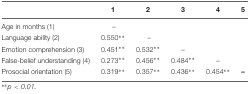
<table><thead><tr><td></td><td><b>1</b></td><td><b>2</b></td><td><b>3</b></td><td><b>4</b></td><td><b>5</b></td></tr></thead><tbody><tr><td>Age in months (1)</td><td>–</td><td></td><td></td><td></td><td></td></tr><tr><td>Language ability (2)</td><td>0.550<sup>∗∗</sup></td><td>–</td><td></td><td></td><td></td></tr><tr><td>Emotion comprehension (3)</td><td>0.451<sup>∗∗</sup></td><td>0.532<sup>∗∗</sup></td><td>–</td><td></td><td></td></tr><tr><td>False-belief understanding (4)</td><td>0.273<sup>∗∗</sup></td><td>0.456<sup>∗∗</sup></td><td>0.484<sup>∗∗</sup></td><td>–</td><td></td></tr><tr><td>Prosocial orientation (5)</td><td>0.319<sup>∗∗</sup></td><td>0.357<sup>∗∗</sup></td><td>0.436<sup>∗∗</sup></td><td>0.454<sup>∗∗</sup></td><td><b>–</b></td></tr></tbody></table>